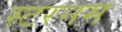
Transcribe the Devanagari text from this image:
स्टरनम